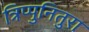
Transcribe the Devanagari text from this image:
त्रिप्पुनितुरा